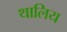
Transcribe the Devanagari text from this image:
थालिय